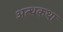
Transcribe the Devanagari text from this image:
अत्थकथा